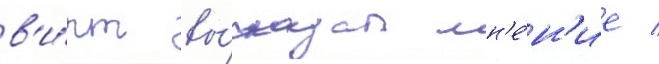
в'и́рт вы́сказал мн'е́н'ие /